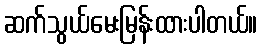
ဆက်သွယ်မေးမြန်းထားပါတယ်။